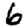
Digit: 6